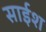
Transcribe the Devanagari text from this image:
साईश